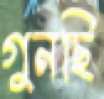
গুনছি